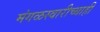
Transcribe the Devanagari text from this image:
मंगळस्वारीच्याही